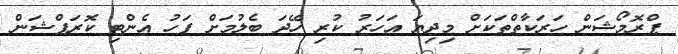
ޕްރޮމޯޝަން ހަރަކާތްތަކަށް މިދިޔަ އަހަރު ކުރި ހޭދަ ބެލުމަށް ފަހު އެންޓި ކޮރަޕްޝަން